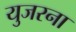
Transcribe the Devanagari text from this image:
युजरना